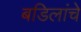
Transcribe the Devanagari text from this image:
बडिलांचे